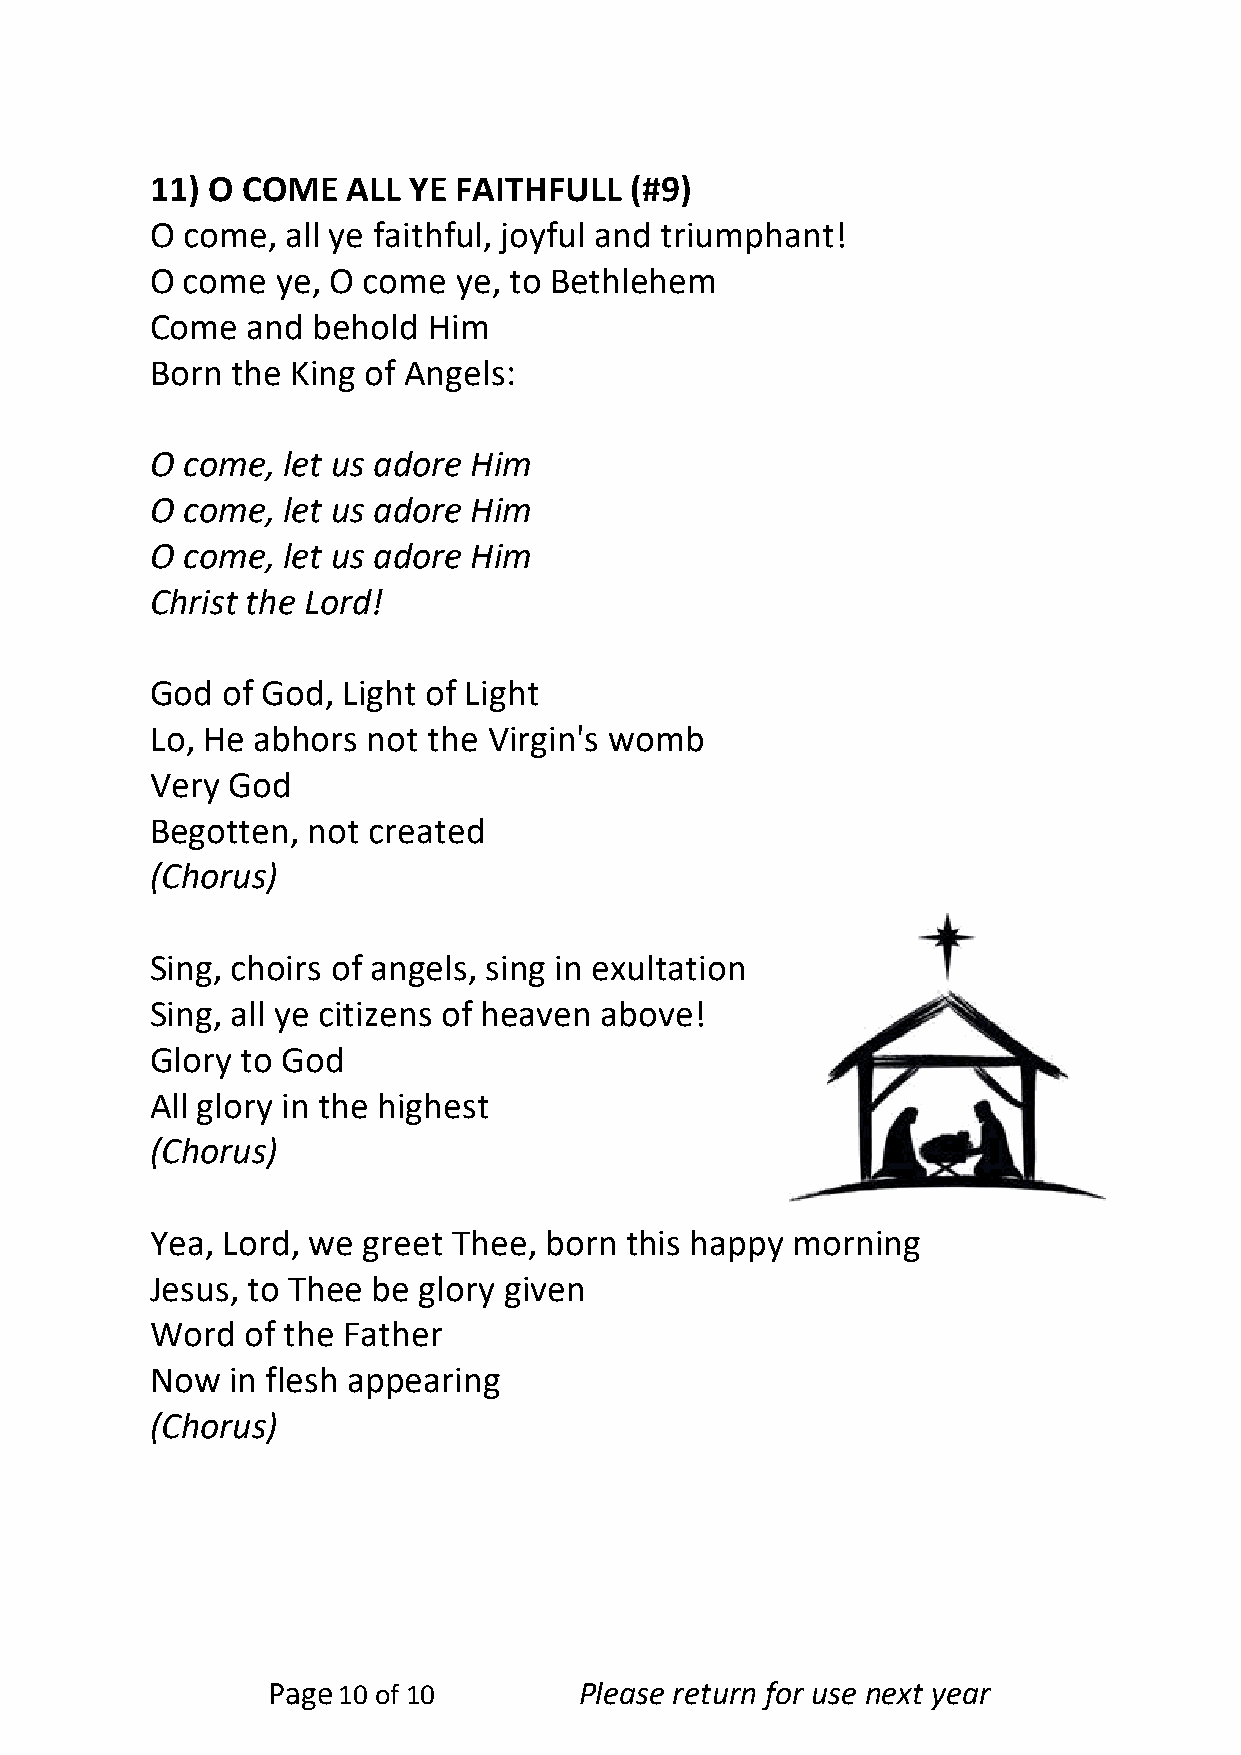
11) O COME   ALL YE FAITHFULL   (#9)
 O come,  all ye faithful, joyful and triumphant!
 O come  ye, O come  ye, to Bethlehem
 Come  and  behold Him
 Born the King of Angels:
 O come,  let us adore Him
 O come,  let us adore Him
 O come,  let us adore Him
 Christ the Lord!
 God  of God, Light of Light
 Lo, He abhors not the Virgin's womb
 Very God
 Begotten, not created
 (Chorus)
 Sing, choirs of angels, sing in exultation
 Sing, all ye citizens of heaven above!
 Glory to God
 All glory in the highest
 (Chorus)
 Yea, Lord, we greet Thee, born this happy morning
 Jesus, to Thee be glory given
 Word  of the Father
 Now  in flesh appearing
 (Chorus)
 Page10 of 10        Please return for use next year